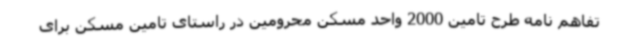
تفاهم نامه طرح تامین 2000 واحد مسکن محرومین در راستای تامین مسکن برای